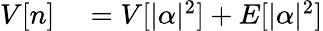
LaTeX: \begin{array}{rl}{V[n]}&{{}=V[|\alpha|^{2}]+E[|\alpha|^{2}]}\end{array}